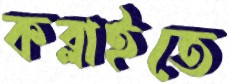
কব্‌লাইতে